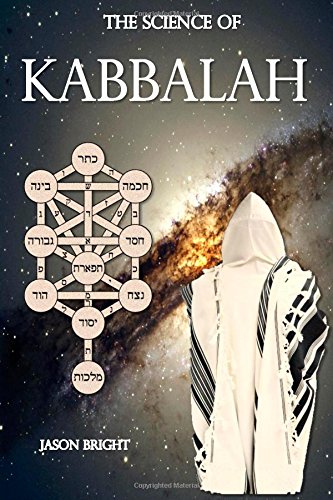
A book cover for The Science of Kabbalah; Jason Bright; Religion & Spirituality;